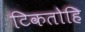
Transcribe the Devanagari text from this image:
टिकतोहि